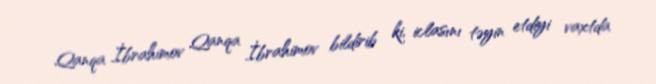
Qanqa İbrahimov Qanqa İbrahimov bildirib ki, iclasını təyin etdiyi vaxtda